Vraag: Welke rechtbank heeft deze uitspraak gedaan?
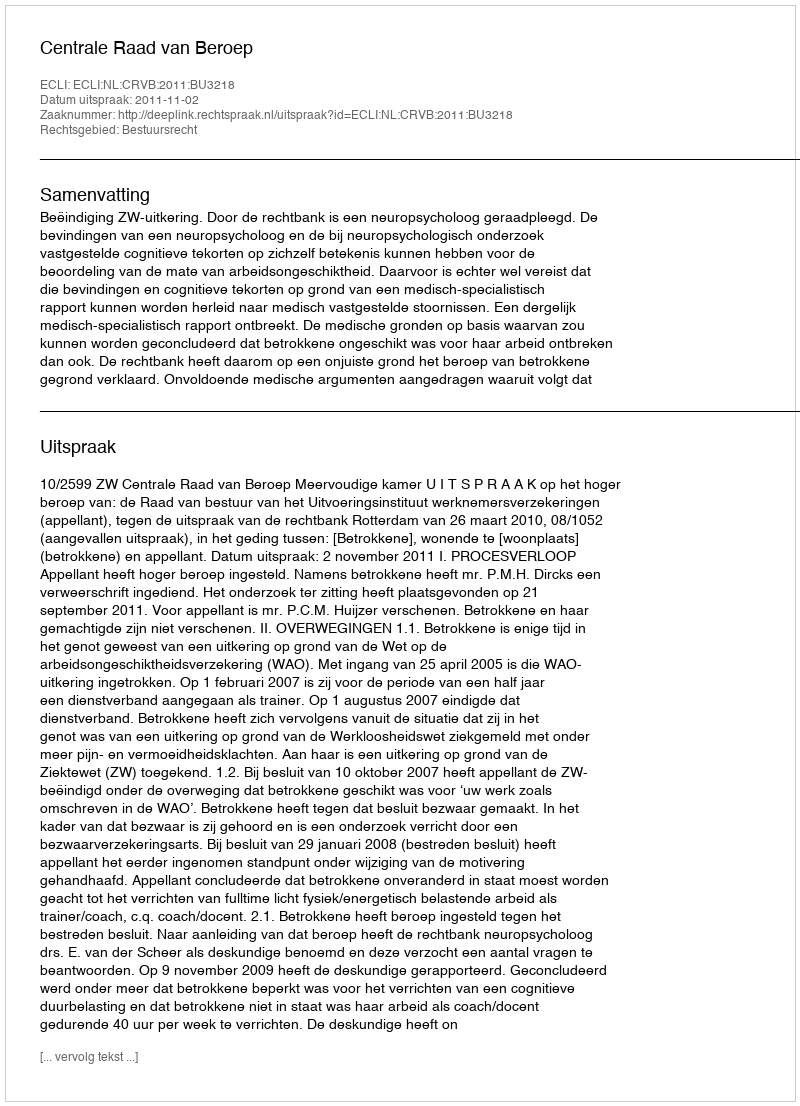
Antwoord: Centrale Raad van Beroep